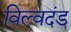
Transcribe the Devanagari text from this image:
विल्वदंड